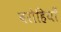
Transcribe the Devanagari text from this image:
बरोहियाँ